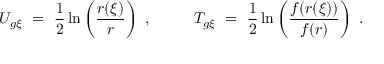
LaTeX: U _ { g \xi } \ = \ \frac { 1 } { 2 } \ln \left( \frac { r ( \xi ) } { r } \right) \ , \ \ \ \ \ \ \ \ T _ { g \xi } \ = \ \frac { 1 } { 2 } \ln \left( \frac { f ( r ( \xi ) ) } { f ( r ) } \right) \ .